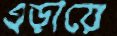
এড়ায়ে